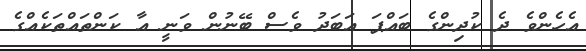
އެހެންވެ ދެ ކުދިންގެ ބައްޕަ އަބަދު ވެސް ބޭނުން ވަނީ އާ ކަންތައްތަކެއްގެ